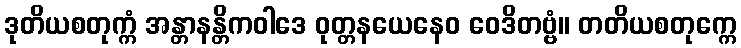
ဒုတိယစတုက္ကံ အန္တာနန္တိကဝါဒေ ဝုတ္တနယေနေဝ ဝေဒိတဗ္ဗံ။ တတိယစတုက္ကေ